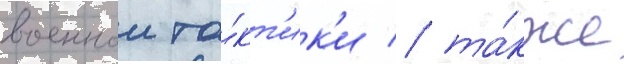
военнои та́кт'ик'и / та́кже